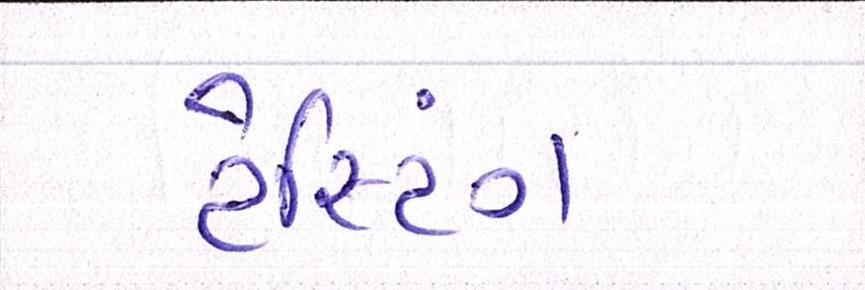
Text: ટેસ્ટિંગ